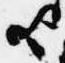
歟